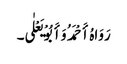
رَوَاہُ أَحْمَدُ وَأَبُوْ یَعْلٰی۔